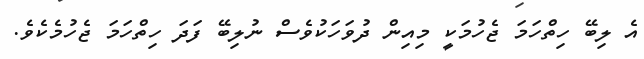
އެ ލިބޭ ހިތްހަމަ ޖެހުމަކީ މިއިން ދުވަހަކުވެސް ނުލިބޭ ފަދަ ހިތްހަމަ ޖެހުމެކެވެ.